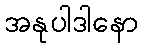
အနုပါဒါနော